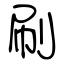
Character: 刷